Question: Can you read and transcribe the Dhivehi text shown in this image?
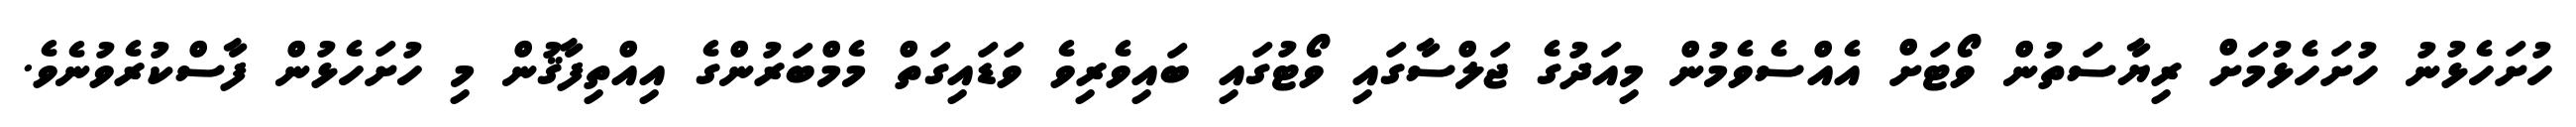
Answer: ހުށަހެޅުނު ހުށަހެޅުމަށް ރިޔާސަތުން ވޯޓަށް އެއްސެވެމުން މިއަދުގެ ޖަލްސާގައި ވޯޓުގައި ބައިވެރިވެ ވަޑައިގަތް މެމްބަރުންގެ އިއްތިފާޤުން މި ހުށަހެޅުން ފާސްކުރެވުނެވެ.